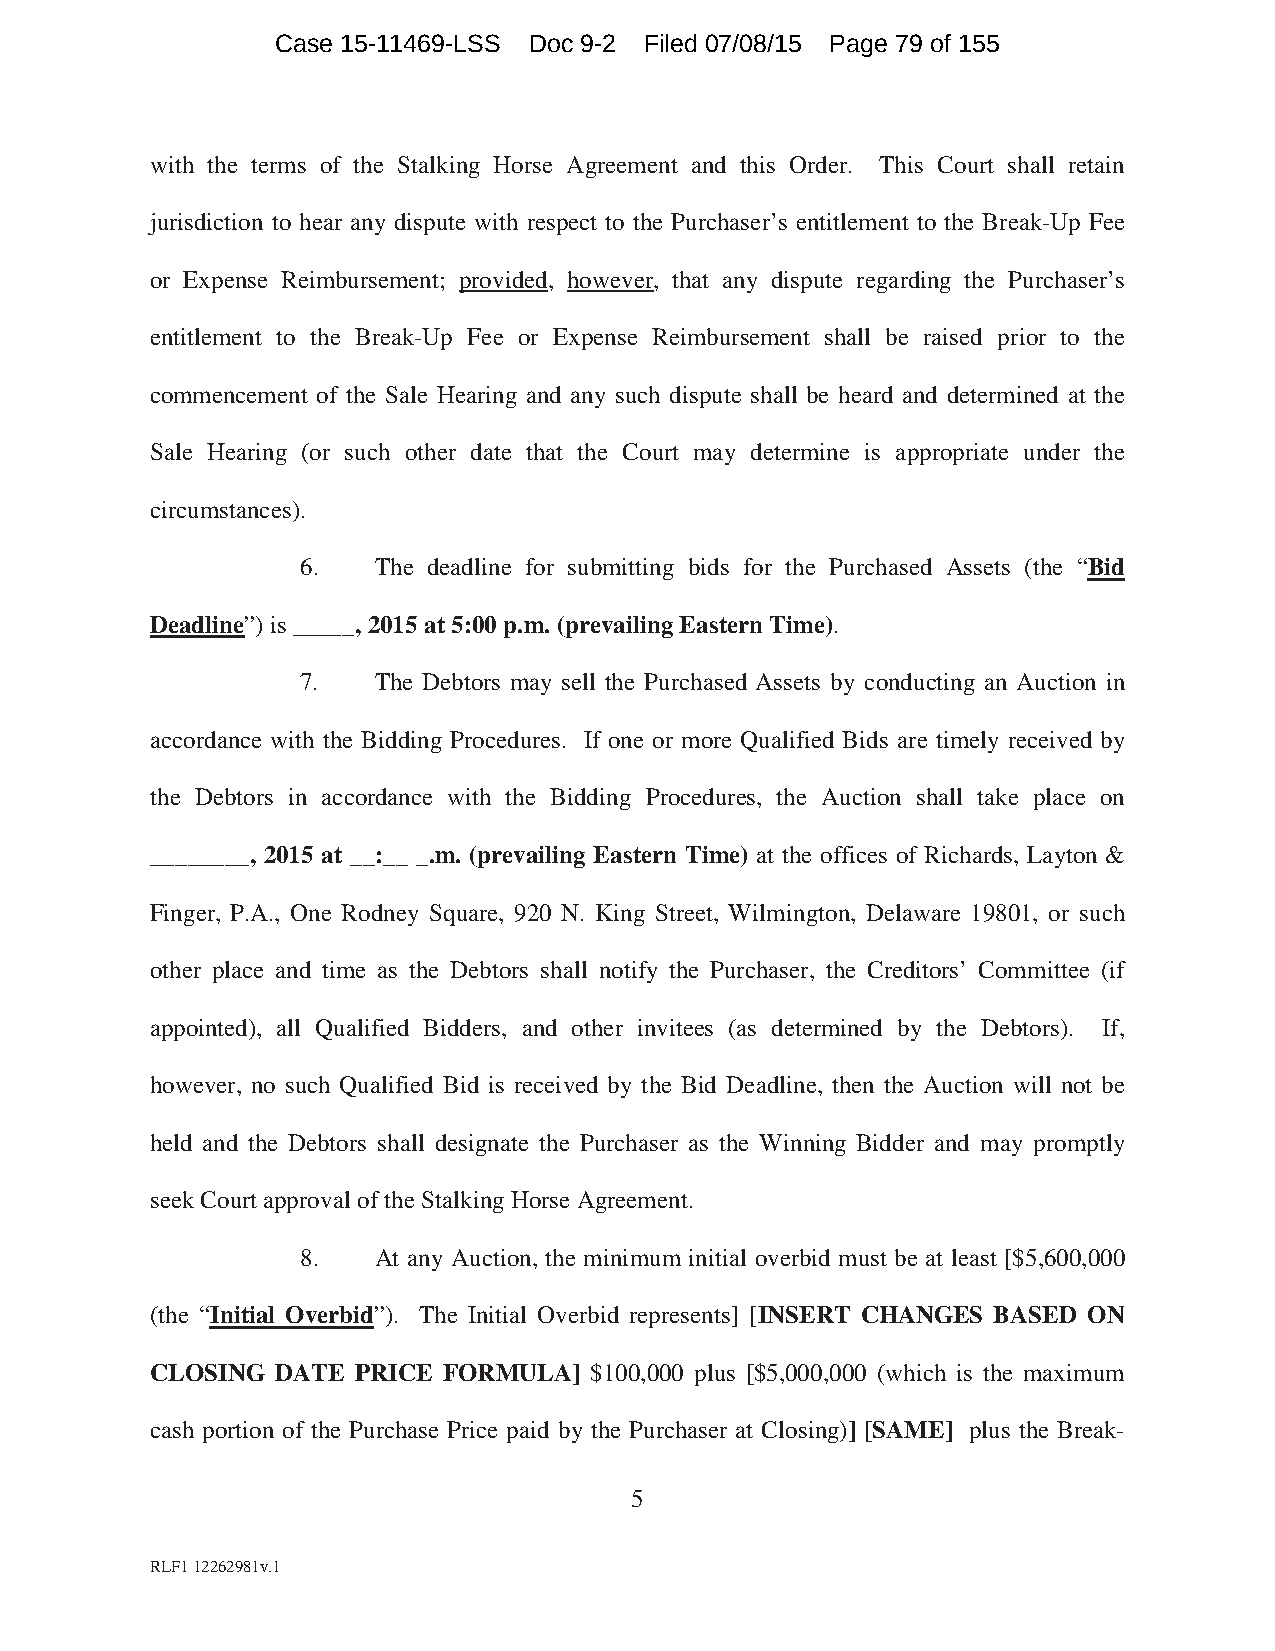
Case 15-11469-LSS Doc 9-2 Filed 07/08/15 Page 79 of 155
 with the terms of the Stalking Horse Agreement and this Order. This Court shall retain
 jurisdiction to hear any dispute with respect to the Purchaser’s entitlement to the Break-Up Fee
 or Expense Reimbursement; provided, however, that any dispute regarding the Purchaser’s
 entitlement to the Break-Up Fee or Expense Reimbursement shall be raised prior to the
 commencement of the Sale Hearing and any such dispute shall be heard and determined at the
 Sale Hearing (or such other date that the Court may determine is appropriate under the
 circumstances).
 6.   The deadline for submitting bids for the Purchased Assets (the “Bid
 Deadline”) is _____, 2015 at 5:00 p.m. (prevailing Eastern Time).
 7.   The Debtors may sell the Purchased Assets by conducting an Auction in
 accordance with the Bidding Procedures. If one or more Qualified Bids are timely received by
 the Debtors in accordance with the Bidding Procedures, the Auction shall take place on
 ________, 2015 at __:__ _.m. (prevailing Eastern Time) at the offices of Richards, Layton &
 Finger, P.A., One Rodney Square, 920 N. King Street, Wilmington, Delaware 19801, or such
 other place and time as the Debtors shall notify the Purchaser, the Creditors’ Committee (if
 appointed), all Qualified Bidders, and other invitees (as determined by the Debtors). If,
 however, no such Qualified Bid is received by the Bid Deadline, then the Auction will not be
 held and the Debtors shall designate the Purchaser as the Winning Bidder and may promptly
 seek Court approval of the Stalking Horse Agreement.
 8.   At any Auction, the minimum initial overbid must be at least [$5,600,000
 (the “Initial Overbid”). The Initial Overbid represents] [INSERT CHANGES BASED ON
 CLOSING DATE  PRICE FORMULA] $100,000 plus [$5,000,000 (which is the maximum
 cash portion of the Purchase Price paid by the Purchaser at Closing)] [SAME] plus the Break-
 5
 RLF1 12262981v.1